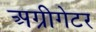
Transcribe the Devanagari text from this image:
अग्रीगेटर